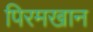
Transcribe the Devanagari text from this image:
पिरमखान